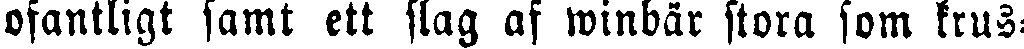
ofantligt samt ett slag af winbär stora som krus-